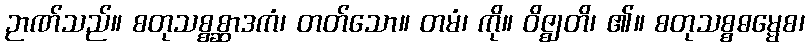
ဉာဏ်သည်။ စတုသစ္စစ္ဆာဒကံ၊ တတ်သော။ တမံ၊ ကို။ ဝိဇ္ဈတိ၊ ၏။ စတုသစ္စဓမ္မေစ၊